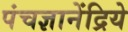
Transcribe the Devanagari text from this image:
पंचज्ञानेंद्रिये